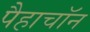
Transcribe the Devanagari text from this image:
पैहाचॉन